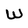
Character: W